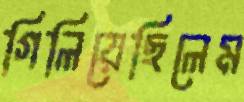
গিলিয়েছিলেম